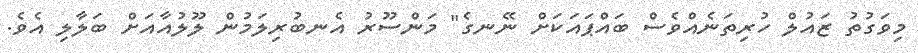
މިވަގުތު ޒައުލް ހުރިތަނެއްވެސް ބައްޕައަކަށް ނޭނގެ" މަންސޫރު އެނބުރިލަމުން ލޫލުއާއަށް ބަލާލި އެވެ.